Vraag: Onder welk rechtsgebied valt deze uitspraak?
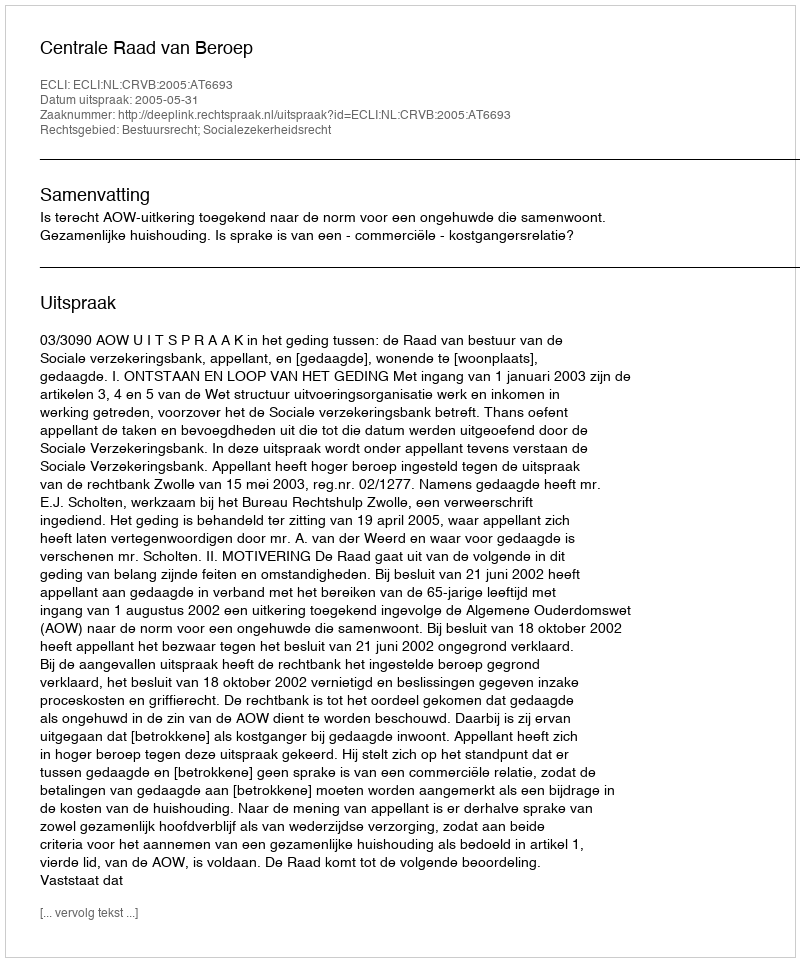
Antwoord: Bestuursrecht; Socialezekerheidsrecht